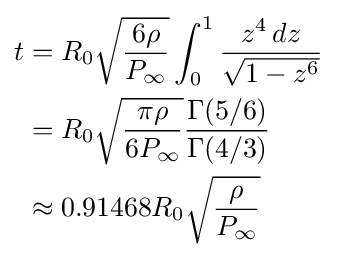
{\begin{aligned}t&=R_{0}{\sqrt {\frac {6\rho }{P_{\infty }}}}\int _{0}^{1}{\frac {z^{4}\,dz}{\sqrt {1-z^{6}}}}\\&=R_{0}{\sqrt {\frac {\pi \rho }{6P_{\infty }}}}{\frac {\Gamma (5/6)}{\Gamma (4/3)}}\\&\approx 0.91468R_{0}{\sqrt {\frac {\rho }{P_{\infty }}}}\end{aligned}}